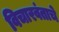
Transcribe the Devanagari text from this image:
विचारवंताचे